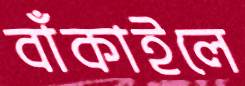
বাঁকাইলে